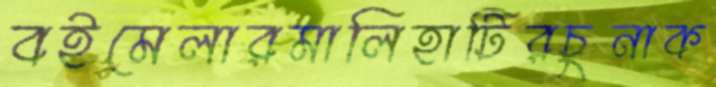
বইমেলারমালিহাটিরচুনাক